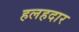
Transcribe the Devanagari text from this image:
हलहदार